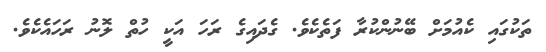
ތަކުގައި ކެއުމަށް ބޭނުންކުރާ ފަތެކެވެ. ގެދައިގެ ރަހަ އަކީ ހުތް ލޮނު ރަހައެކެވެ.